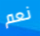
نعم